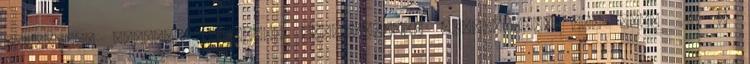
fokozatos egyházi testület elnökségének jóváhagyása is. Vhu. 22. §